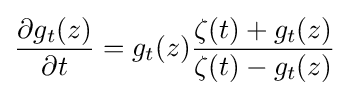
{\dfrac {\partial g_{t}(z)}{\partial t}}=g_{t}(z){\dfrac {\zeta (t)+g_{t}(z)}{\zeta (t)-g_{t}(z)}}